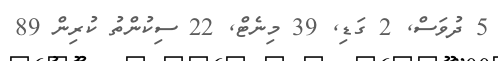
5 ދުވަސް